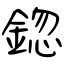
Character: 鍃